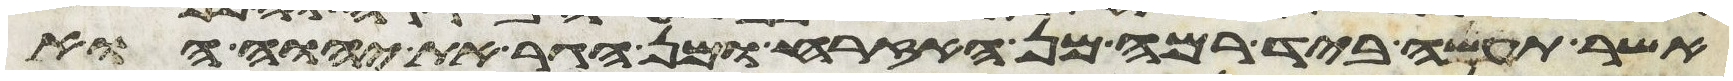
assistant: אשר תעשה ביד רמה מן האזרח ומן הגר את יהוה הוא